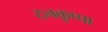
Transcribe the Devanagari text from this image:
टनकुप्पा